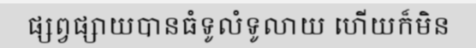
ផ្សព្វផ្សាយបានធំទូលំទូលាយ ហើយក៏មិន